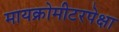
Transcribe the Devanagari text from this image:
मायक्रोमीटरपेक्षा